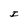
Character: I